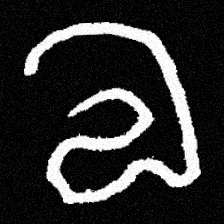
Pyu character \u2014 Myanmar letter: လ (romanized: la)